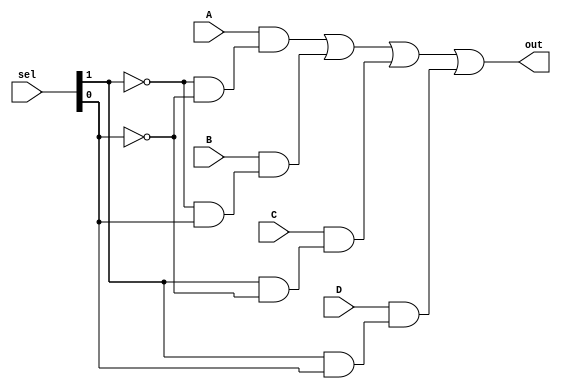
// Name: Yaohong Sabotinova
// 4-1 mux

module mux4(out,A,B,C,D,sel);
input A,B,C,D;
input [1:0] sel;
output out;

assign out = A & (~sel[1] & ~sel[0]) |B & (~sel[1] & sel[0]) |C & ( sel[1] & ~sel[0]) |D & ( sel[1] & sel[0]);


endmodule